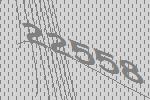
22558